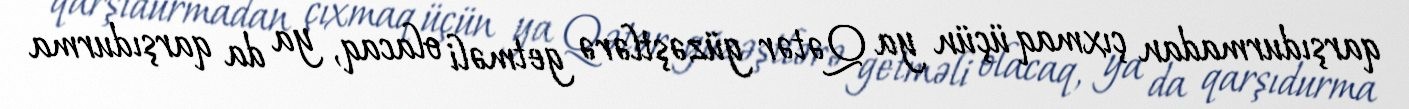
qarşıdurmadan çıxmaq üçün ya Qətər güzəştlərə getməli olacaq, ya da qarşıdurma